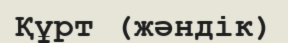
Құрт (жәндік)